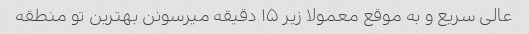
عالی سریع و به موقع معمولا زیر ۱۵ دقیقه میرسونن بهترین تو منطقه